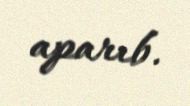
aparıb.